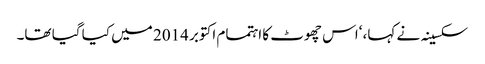
سکسینہ نے کہا، ‘اس چھوٹ کا اہتمام اکتوبر 2014 میں کیا گیا تھا۔